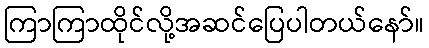
ကြာကြာထိုင်လို့အဆင်ပြေပါတယ်နော်။